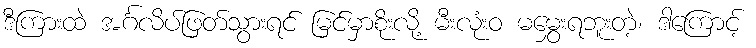
ဒီကြားထဲ အင်္ဂလိပ်ဖြတ်သွားရင် မြင်မှာစိုးလို့ မီးလုံးဝ မမွှေးရဘူးတဲ့၊ ဒါကြောင့်